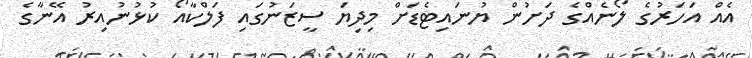
އެއް އަހަރުގެ ލޯނެއްގެ ދަށުން ޔުނައިޓެޑަށް މިދިޔަ ސީޒަނުގައި ފަލްކާއޯ ކުޅުނުއިރު އޭނާގެ